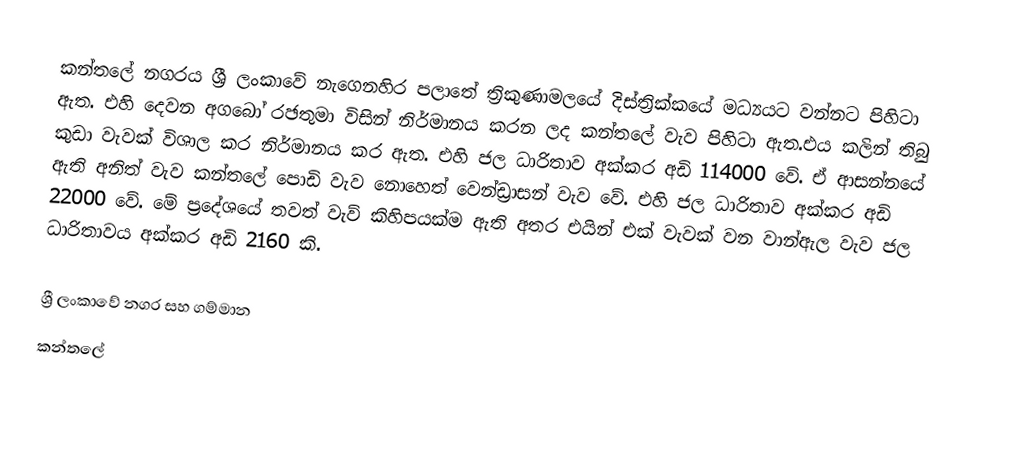
කන්තලේ නගරය ශ්‍රී ලංකාවේ නැගෙනහිර පලාතේ ත්‍රිකුණාමලයේ දිස්ත්‍රික්කයේ මධ්‍යයට වන්නට පිහිටා ඇත. එහි දෙවන අගබෝ රඡතුමා විසින් නිර්මානය කරන ලද කන්තලේ වැව පිහිටා ඇත.එය කලින් තිබු කුඩා වැවක් විශාල කර නිර්මානය කර ඇත. එහි ජල ධාරිතාව අක්කර අඩි 114000 වේ. ඒ ආසන්නයේ ඇති අනිත් වැව කන්තලේ පොඩි වැව නොහෙත් වෙන්ඩ්‍රාසන් වැව වේ. එහි ජල ධාරිතාව අක්කර අඩි 22000 වේ. මේ ප්‍ර‍දේශයේ තවත් වැව් කිහිපයක්ම ඇති අතර එයින් එක් වැවක් වන වාන්ඇල වැව ජල ධාරිතාවය අක්කර අඩි 2160 කි.

ශ්‍රී ලංකාවේ නගර සහ ගම්මාන
කන්තලේ